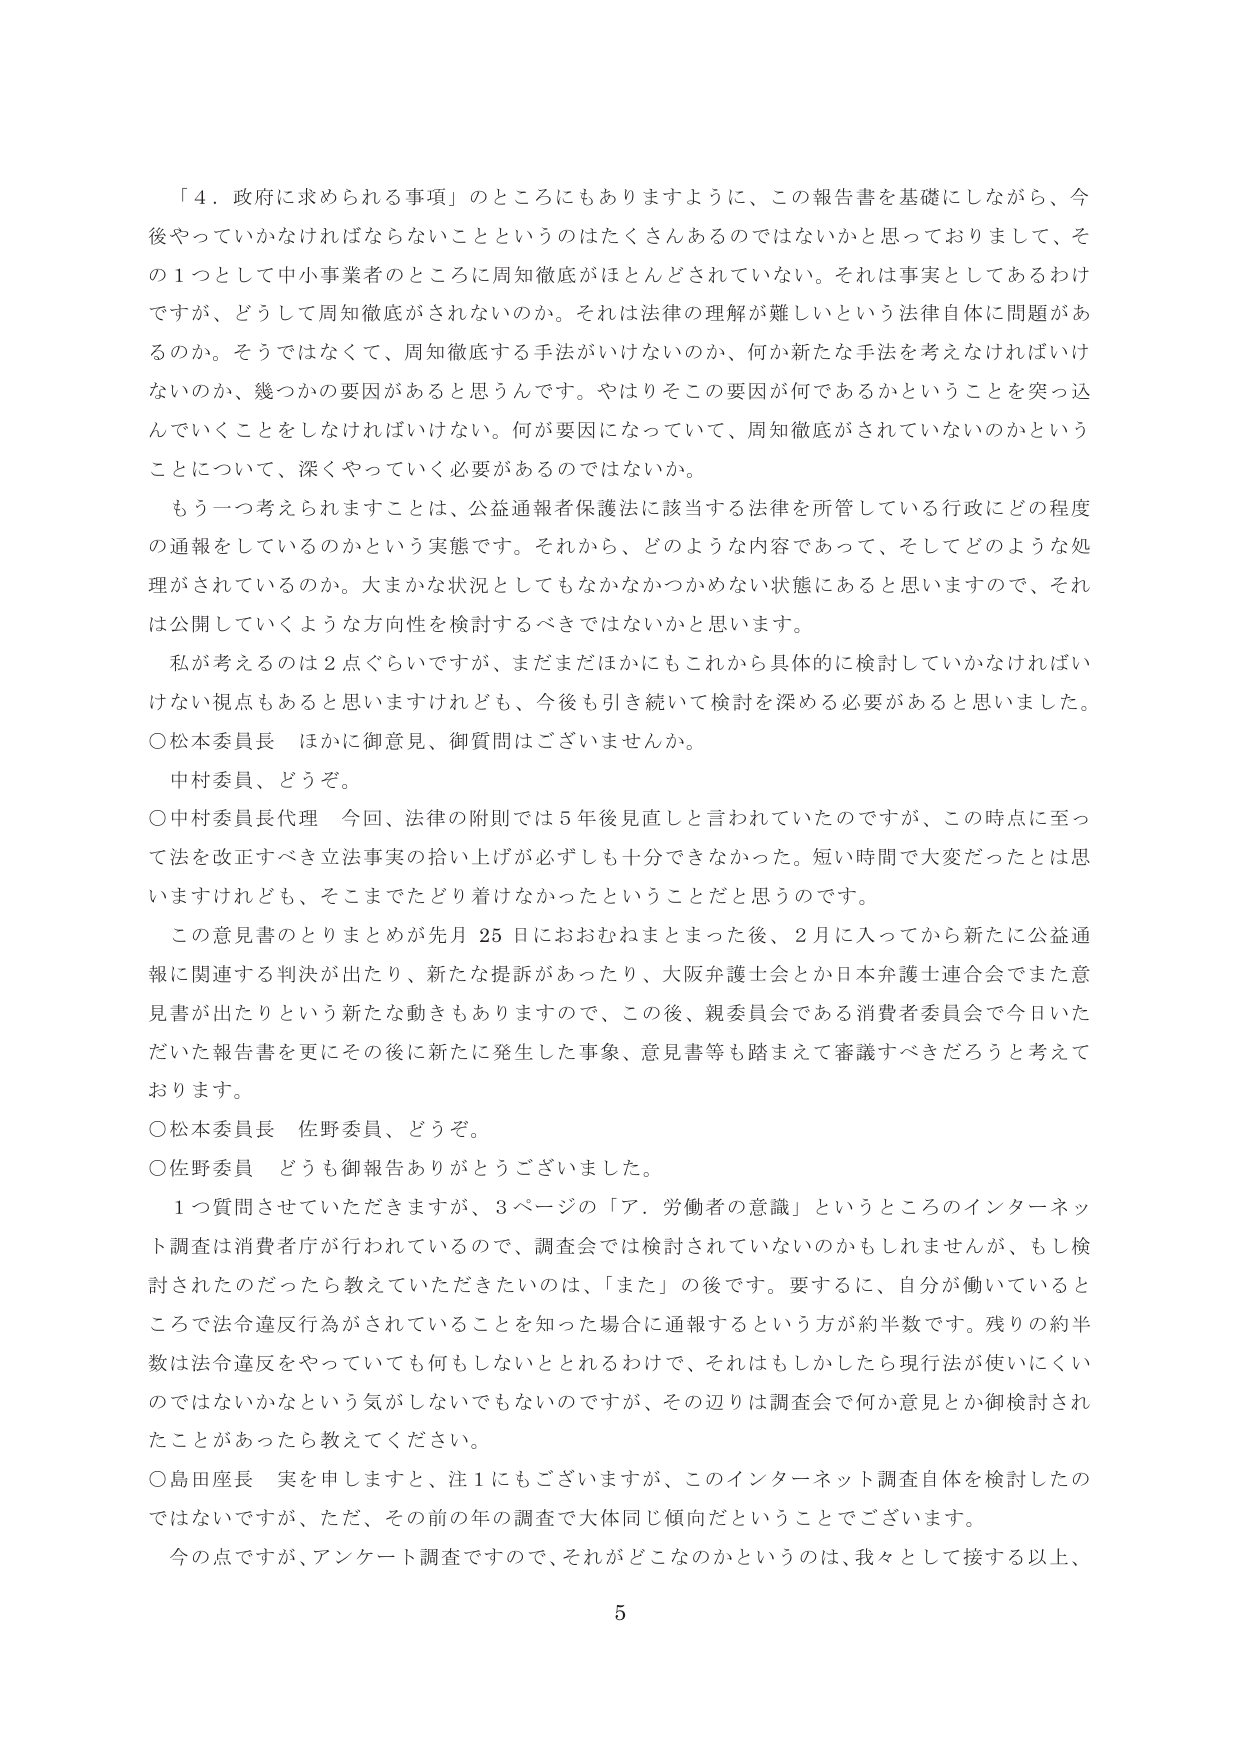
「４．政府に求められる事項」のところにもありますように、この報告書を基礎にしながら、今後やっていかなければならないことというのはたくさんあるのではないかと思っておりまして、その１つとして中小事業者のところに周知徹底がほとんどされていない。それは事実としてあるわけですが、どうして周知徹底がされないのか。それは法律の理解が難しいという法律自体に問題があるのか。そうではなくて、周知徹底する手法がいけないのか、何か新たな手法を考えなければいけないのか、幾つかの要因があると思うんです。やはりそこの要因が何であるかということを突っ込んでいくことをしなければいけない。何が要因になっていて、周知徹底がされていないのかということについて、深くやっていく必要があるのではないか。

もう一つ考えられますことは、公益通報者保護法に該当する法律を所管している行政にどの程度の通報をしているのかという実態です。それから、どのような内容であって、そしてどのような処理がされているのか。大まかな状況としてもなかなかつかめない状態にあると思いますので、それは公開していくような方向性を検討するべきではないかと思います。

私が考えるのは２点ぐらいですが、まだまだほかにもこれから具体的に検討していかなければならない視点もあると思いますけれども、今後も引き続いて検討を深める必要があると思いました。

○松本委員長　ほかに御意見、御質問はございませんか。

中村委員、どうぞ。

○中村委員長代理　今回、法律の附則では５年後見直しと言われていたのですが、この時点に至って法を改正すべき立法事実の拾い上げが必ずしも十分できなかった。短い時間で大変だったとは思いますけれども、そこまでたどり着けなかったということだと思うのです。

この意見書のとりまとめが先月25日におおむねまとまった後、2月に入ってから新たに公益通報に関連する判決が出たり、新たな提訴があったり、大阪弁護士会とか日本弁護士連合会でまた意見書が出たりという新たな動きもありますので、この後、親委員会である消費者委員会で今日いただいた報告書を更にその後に新たに発生した事象、意見書等も踏まえて審議すべきだろうと考えております。

○松本委員長　佐野委員、どうぞ。

○佐野委員　どうも御報告ありがとうございました。

１つ質問させていただきますが、３ページの「ア．労働者の意識」というところのインターネット調査は消費者庁が行われているので、調査会では検討されていないのかもしれませんが、もし検討されたのだったら教えていただきたいのは、「また」の後です。要するに、自分が働いているところで法令違反行為がされていることを知った場合に通報するという方が約半数です。残りの約半数は法令違反をやっていても何もしないととれるわけで、それはもしかしたら現行法が使いにくいのではないかなという気がしないでもないのですが、その辺りは調査会で何か意見とか御検討されたことがあったら教えてください。

○島田座長　実を申しますと、注１にもございますが、このインターネット調査自体を検討したのではないですが、ただ、その前の年の調査で大体同じ傾向だということでございます。

今の点ですが、アンケート調査ですので、それがどこなのかというのは、我々として接する以上、

5